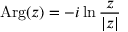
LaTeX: \operatorname { A r g } ( z ) = - i \ln { \frac { z } { | z | } }